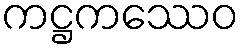
ကဋ္ဌကဿေဝ